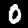
Label: 0